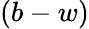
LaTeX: (b-w)